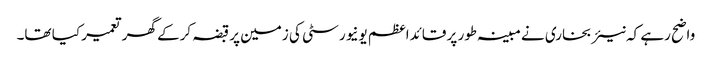
واضح رہے کہ نیئر بخاری نے مبینہ طور پر قائداعظم یونیورسٹی کی زمین پر قبضہ کرکے گھر تعمیر کیا تھا۔